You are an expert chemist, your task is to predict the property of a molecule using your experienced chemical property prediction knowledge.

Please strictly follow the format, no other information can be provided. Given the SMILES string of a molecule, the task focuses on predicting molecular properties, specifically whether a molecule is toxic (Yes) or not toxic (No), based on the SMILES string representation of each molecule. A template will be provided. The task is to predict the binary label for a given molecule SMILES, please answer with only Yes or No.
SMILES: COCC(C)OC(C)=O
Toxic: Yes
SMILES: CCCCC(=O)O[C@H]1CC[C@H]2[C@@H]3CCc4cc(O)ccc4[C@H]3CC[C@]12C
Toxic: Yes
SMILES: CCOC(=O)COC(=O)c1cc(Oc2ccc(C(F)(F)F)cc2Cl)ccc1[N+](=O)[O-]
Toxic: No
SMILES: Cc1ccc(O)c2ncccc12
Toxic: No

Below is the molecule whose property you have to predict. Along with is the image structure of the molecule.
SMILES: CCCC[N+]1(C)CCCCC1.F[B-](F)(F)F
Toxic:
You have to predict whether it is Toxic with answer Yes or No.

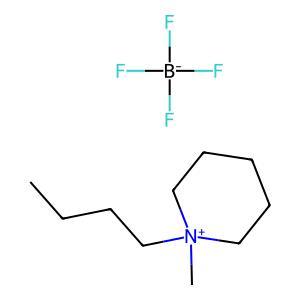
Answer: No